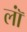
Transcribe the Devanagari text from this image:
लॉं